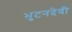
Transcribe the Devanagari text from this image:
भुटनदेवी